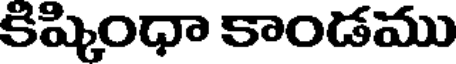
కిష్కింధా కాండము